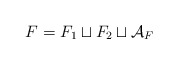
\begin{align*}F = F_1 \sqcup F_2 \sqcup \mathcal{A}_F\end{align*}